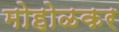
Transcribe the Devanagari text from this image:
मोहोळकर